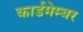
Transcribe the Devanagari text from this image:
कार्डमेम्बर